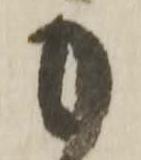
も